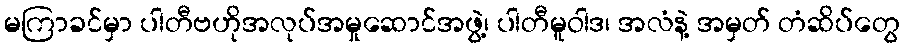
မကြာခင်မှာ ပါတီဗဟိုအလုပ်အမှုဆောင်အဖွဲ့၊ ပါတီမူဝါဒ၊ အလံနဲ့ အမှတ် တံဆိပ်တွေ